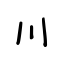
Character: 川